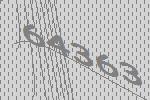
64363